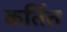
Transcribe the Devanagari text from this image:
कर्तित